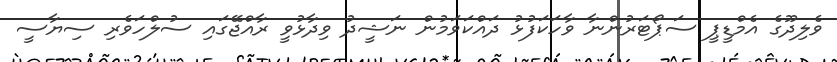
ވެލިދޫގެ އެމްޑީޕީ ސަޕޯޓަރުންނާ ވާހަކަފުޅު ދައްކަވަމުން ނަޝީދު ވިދާޅުވީ ރާއްޖޭގައި ސުލްހަވެރި ސިޔާސީ